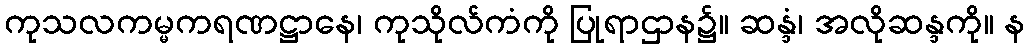
ကုသလကမ္မကရဏဋ္ဌာနေ၊ ကုသိုလ်ကံကို ပြုရာဌာန၌။ ဆန္ဒံ၊ အလိုဆန္ဒကို။ န